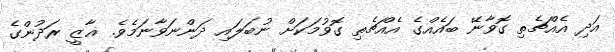
އަދި އެއްޗެތި ގޮވާނޭ ބައެއްގެ އެއްޗެތި ގޮވުމަކަށް ނުބަލައި ދަންނަވާނަމެވެ. ޣާޒީ ރަދުންގެ